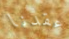
عقدنا